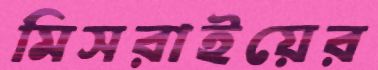
মিসরাইয়ের